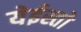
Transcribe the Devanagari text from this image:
येईस्तो